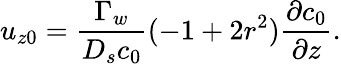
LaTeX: u_{z0}=\frac{\Gamma_{w}}{D_{s}c_{0}}(-1+2r^{2})\frac{\partial c_{0}}{\partial z}.